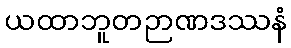
ယထာဘူတဉာဏဒဿနံ